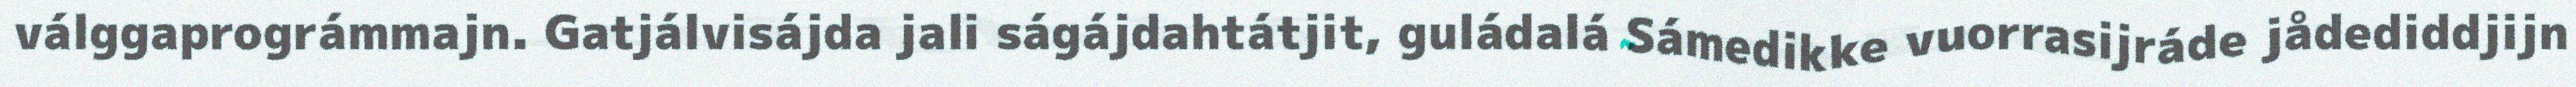
válggaprográmmajn. Gatjálvisájda jali ságájdahtátjit, guládalá Sámedikke vuorrasijráde jådediddjijn